Vaccine operations Central Provinces 1886-1899 - 1886-1899
Year: 1886
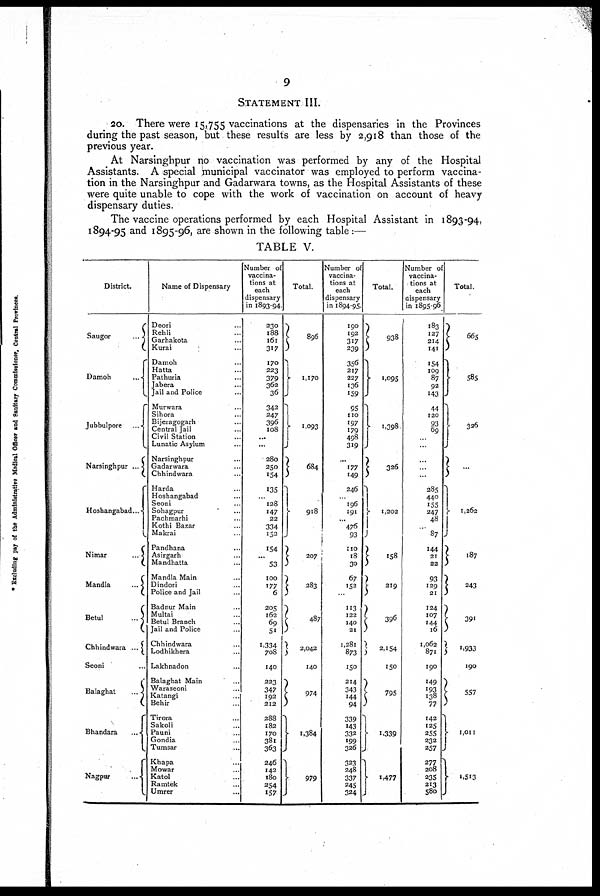
9
STATEMENT III.
20. There were 15,755 vaccinations at the dispensaries in the Provinces
during the past season, but these results are less by 2,918 than those of the
previous year.
At Narsinghpur no vaccination was performed by any of the Hospital
Assistants. A special municipal vaccinator was employed to perform vaccina-
tion in the Narsinghpur and Gadarwara towns, as the Hospital Assistants of these
were quite unable to cope with the work of vaccination on account of heavy
dispensary duties.
The vaccine operations performed by each Hospital Assistant in 1893-94,
1894-95 and 1895-96, are shown in the following table:—
TABLE V.
District.
Saugor
...
Damoh ...
Jubbulpore ...
Narsinghpur ...
Hoshangabad...
Nimar
...
Mandla
...
Betul
...
Chhindwara ...
Seoni ...
Balaghat
...
Bhandara ...
Nagpur ...
Name of Dispensary
Deori
...
Rehli ...
Garhakota ...
Kurai ...
Damoh ...
Hatta ...
Pathuria ...
Jabera ...
Jail and Police ...
Murwara ...
Sihora ...
Bijeragogarh ...
Central Jail ...
Civil Station ...
Lunatic Asylum ...
Narsinghpur ...
Gadarwara ...
Chhindwara ...
Harda ...
Hoshangabad ...
Seoni ...
Sohagpur ...
Pachmarhi ...
Kothi Bazar ...
Makrai ...
Pandhana ...
Asirgarh ...
Mandhatta ...
Mandla Main ...
Dindori ...
Police and Jail ...
Badnur Main ...
Multai ...
Betul Branch ...
Jail and Police ...
Chhindwara ...
Lodhikhera ...
Lakhnadon ...
Balaghat Main ...
Waraseoni ...
Katangi ...
Behir ...
Tirora ...
Sakoli ...
Pauni ...
Gondia ...
Tumsar ...
Khapa ...
Mowar ...
Katol ...
Ramtek ...
Umrer ...
Number of
vaccina-
tions at
each
dispensary
in 1893-94.
230
188
161
317
170
223
379
362
36
342
247
396
108
...
...
280
250
154
13S
...
128
147
22
334
152
154
...
53
100
177
6
205
162
69
51
1,334
708
140
223
347
192
212
288
182
170
381
363
246
142
180
254
157
Total.
896
1,170
1,093
684
918
207
283
487
2,042
140
974
1,384
979
Number of
vaccina-
tions at
each
dispensary
in 1894-95.
190
192
317
239
356
217
227
136
159
95
110
197
179
498
319
...
177
149
246
...
196
191
...
476
93
110
18
30
67
152
...
113
122
140
21
1,281
873
150
214
343
144
94
339
143
332
199
326
323
248
337
245
324
Total.
938
1,095
1,398
326
1,202
158
219
396
2,154
150
795
1,339
1,477
Number of
vaccina-
tions at
each
dispensary
in 1895-90
183
127
214
141
154
109
87
92
143
44
120
93
69
...
...
...
...
...
285
440
155
247
48
...
87
144
21
22
93
129
21
124
107
144
16
1,062
871
190
149
193
138
77
142
125
255
232
257
277
208
235
213
580
Total.
665
585
326
...
1,262
187
243
391
1,933
190
557
1,011
1,513